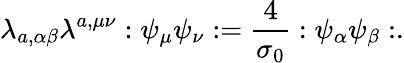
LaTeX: \lambda_{a,\alpha\beta}\lambda^{a,\mu\nu}:\psi_{\mu}\psi_{\nu}:=\frac{4}{\sigma_{0}}:\psi_{\alpha}\psi_{\beta}:.